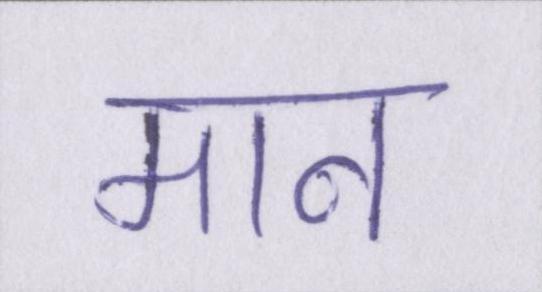
मान